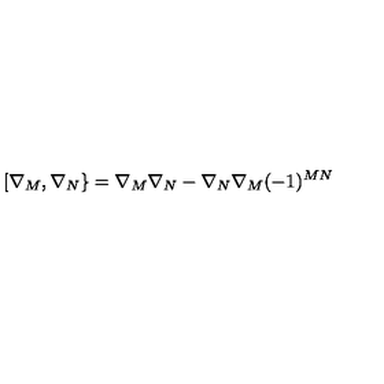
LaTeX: [ \nabla _ { M } , \nabla _ { N } \} = \nabla _ { M } \nabla _ { N } - \nabla _ { N } \nabla _ { M } ( - 1 ) ^ { M N }